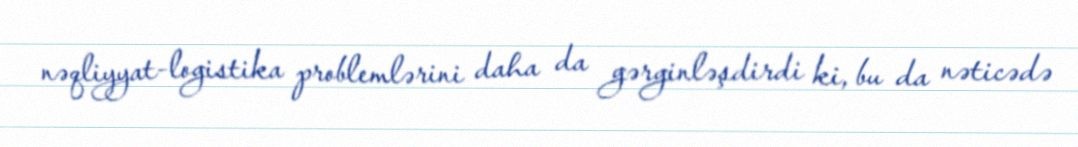
nəqliyyat-logistika problemlərini daha da gərginləşdirdi ki, bu da nəticədə